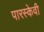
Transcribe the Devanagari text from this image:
पारस्केवी